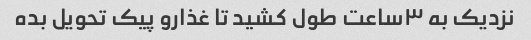
نزدیک به ۳ساعت طول کشید تا غذارو پیک تحویل بده